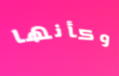
وكأنها